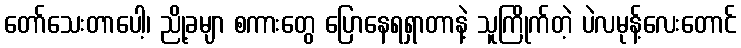
တော်သေးတာပေါ့၊ ညို့ခမျာ စကားတွေ ပြောနေရရှာတာနဲ့ သူကြိုက်တဲ့ ပဲလမုန့်လေးတောင်